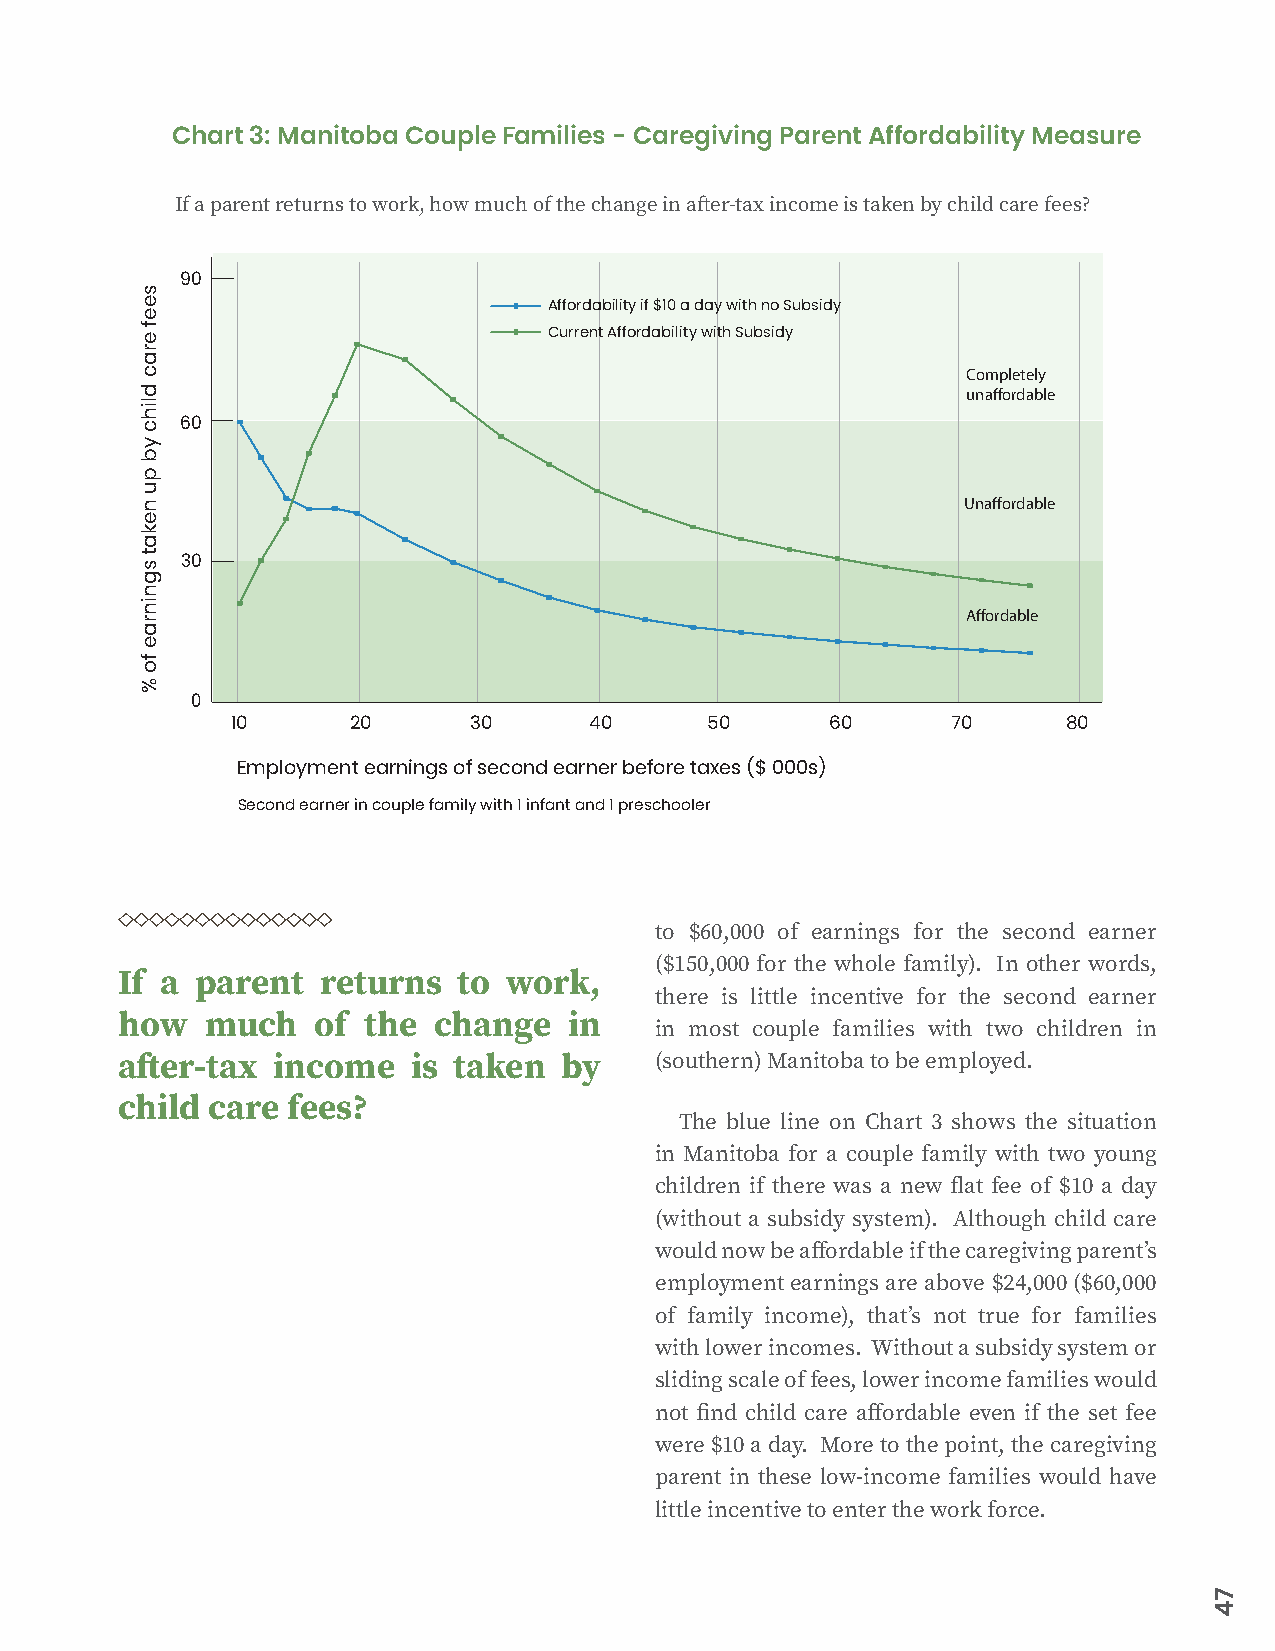
Chart 3: Manitoba Couple Families - Caregiving Parent Affordability Measure
 If a parent returns to work, how much of the change in after-tax income is taken by child care fees?
 90
 Affordability if $10 a day with no Subsidy
 Current Affordability with Subsidy
 Completely
 unaffordable
 60
 Unaffordable
 30
 Affordable
 0
 10      20      30      40      50      60      70      80
 Employment earnings of second earner before taxes ($ 000s)
 Second earner in couple family with 1 infant and 1 preschooler
 to $60,000 of earnings for the second earner
 ($150,000 for the whole family). In other words,
 If a parent  returns  to  work,
 there is little incentive for the second earner
 how   much   of the  change   in
 in most couple families with two children in
 after-tax income   is taken  by    (southern) Manitoba to be employed.
 child care fees?
 The blue line on Chart 3 shows the situation
 in Manitoba for a couple family with two young
 children if there was a new flat fee of $10 a day
 (without a subsidy system). Although child care
 would now be affordable if the caregiving parent’s
 employment earnings are above $24,000 ($60,000
 of family income), that’s not true for families
 with lower incomes. Without a subsidy system or
 sliding scale of fees, lower income families would
 not find child care affordable even if the set fee
 were $10 a day. More to the point, the caregiving
 parent in these low-income families would have
 little incentive to enter the work force.
 seef
 erac
 dlihc
 yb
 pu
 nekat
 sgninrae
 fo
 %
 74